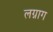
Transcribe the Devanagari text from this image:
लग्नाग